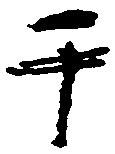
于